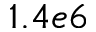
1 . 4 e 6